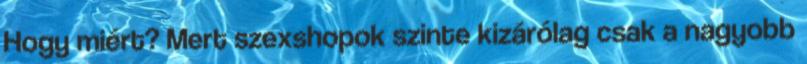
Hogy miért? Mert szexshopok szinte kizárólag csak a nagyobb